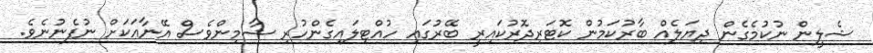
ޝެލީން ނުކުމެގެން ދިޔަލެއް ބާރުކަމުން ކޮޓަރިދޮރުކައިރީ ބޭރުގައި ހުއްޓިލައިގެންހުރި ޝާމިންވެސް އޭނާއަކަށް ނުފެނުނެވެ.